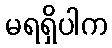
မရရှိပါက